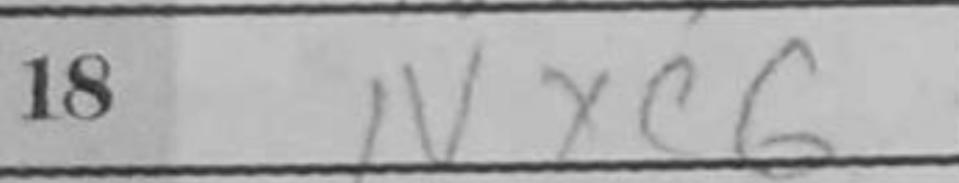
Transcription: Nxc6